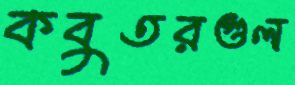
কবুতরগুল